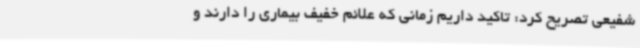
شفیعی تصریح کرد: تاکید داریم زمانی که علائم خفیف بیماری را دارند و